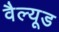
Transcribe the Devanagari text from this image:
वैल्यूड